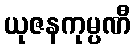
ယုဇနကုမ္ပဏီ